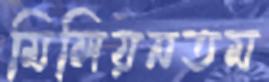
মিলিয়নতম